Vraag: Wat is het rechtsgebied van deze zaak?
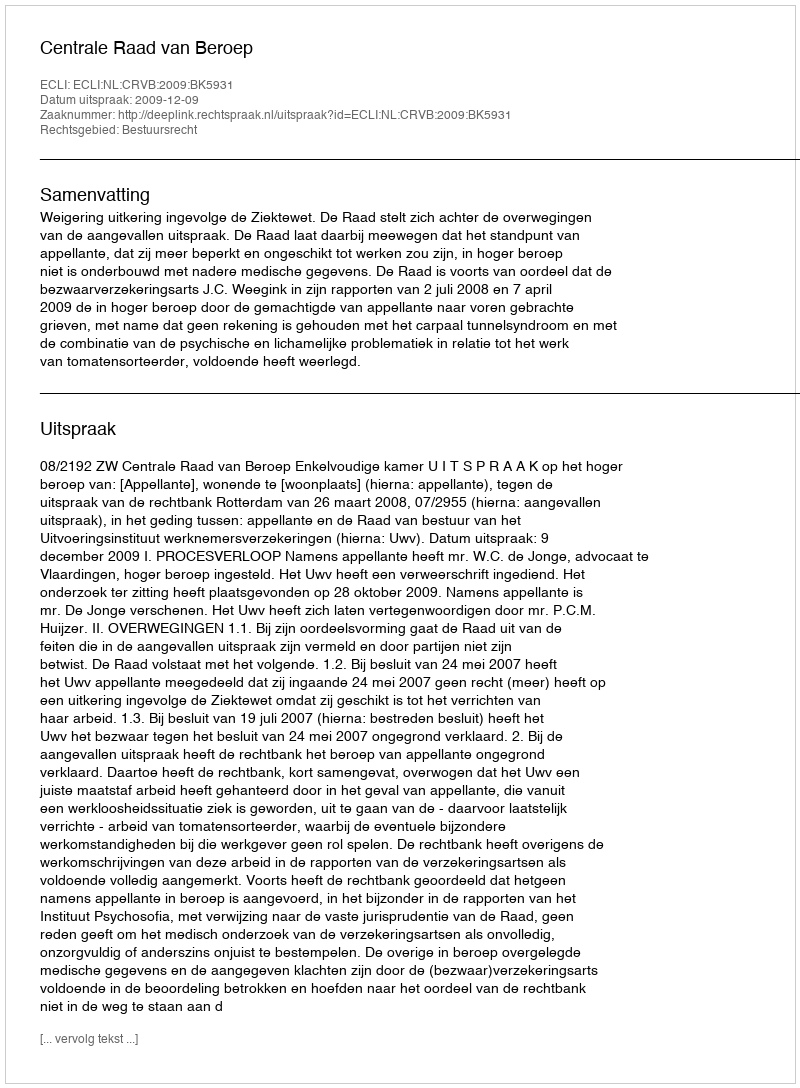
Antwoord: Bestuursrecht